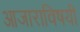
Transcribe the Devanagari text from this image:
आजाराविषयी